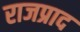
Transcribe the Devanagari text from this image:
राजप्राद